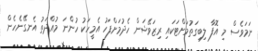
ނަމަވެސް މި އޮފާ ލިބިގަތުމަށްޓަކައި ރިޒަވޭޝަން ހެދުމަށްފަހު އެމީހަކު ހުންނަ މުއްދަތު އެނގޭނެހެން